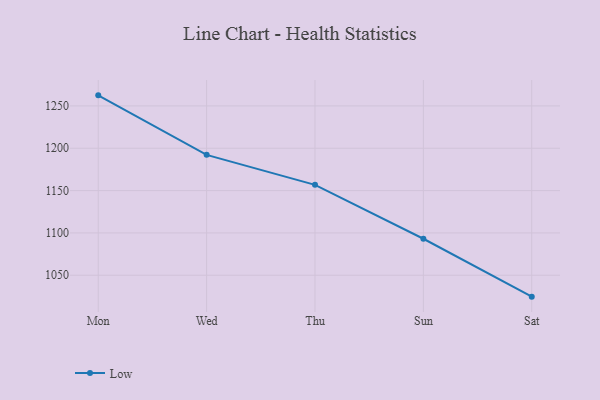
{"axis": {"x": "Day", "y": "Backlog"}, "legend": ["Low"], "data": [{"x": "Mon", "y": 1262.5, "type": "Low"}, {"x": "Wed", "y": 1192.2, "type": "Low"}, {"x": "Thu", "y": 1156.8, "type": "Low"}, {"x": "Sun", "y": 1093.1, "type": "Low"}, {"x": "Sat", "y": 1024.7, "type": "Low"}]}